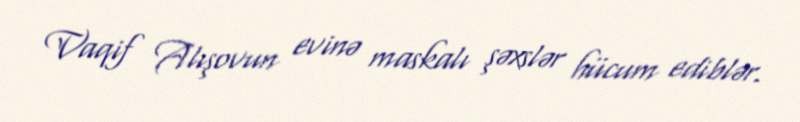
Vaqif Alışovun evinə maskalı şəxslər hücum ediblər.